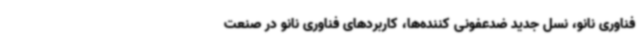
فناوری نانو، نسل جدید ضدعفونی کننده‌ها، کاربردهای فناوری نانو در صنعت